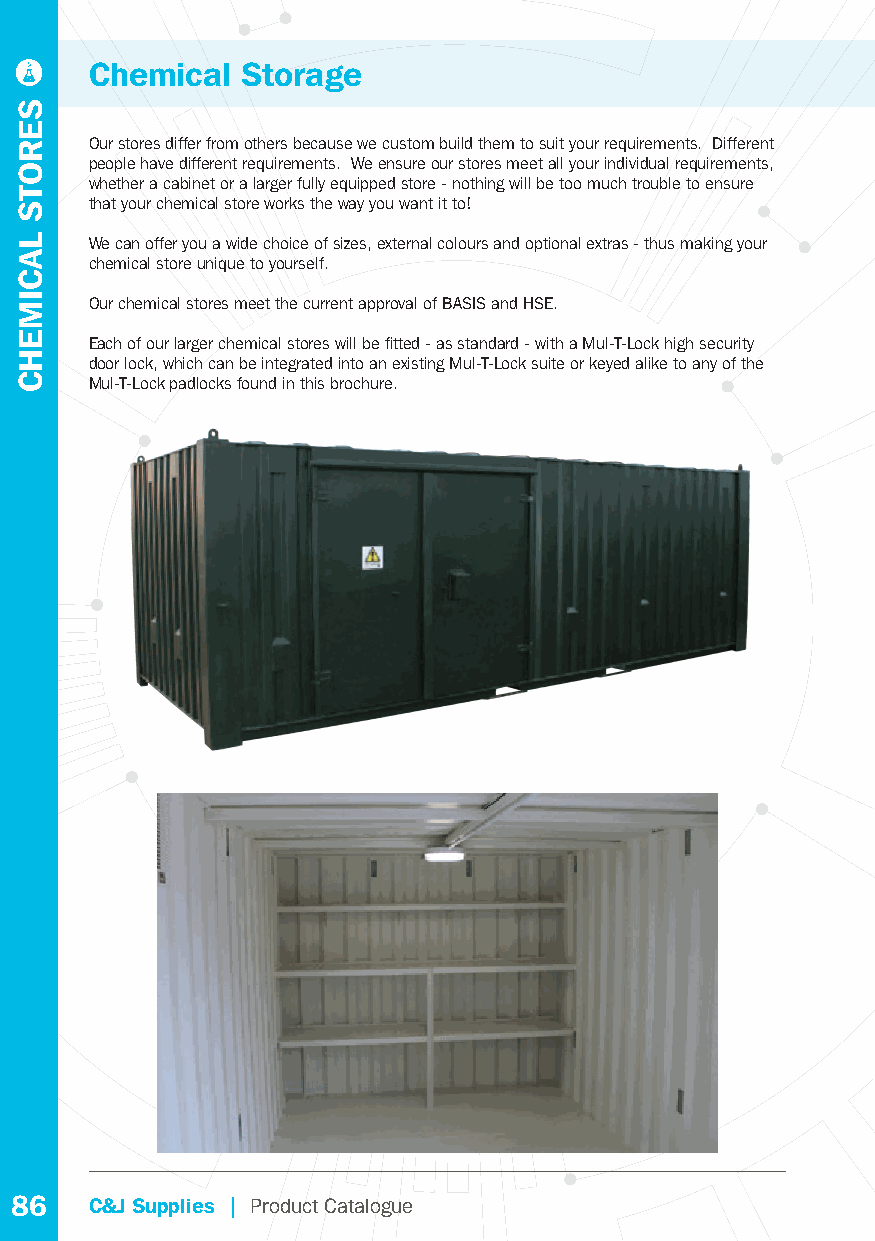
Chemical  Storage
 Our stores differ from others because we custom build them to suit your requirements. Different
 people have different requirements. We ensure our stores meet all your individual requirements,
 whether a cabinet or a larger fully equipped store - nothing will be too much trouble to ensure
 that your chemical store works the way you want it to!
 We can offer you a wide choice of sizes, external colours and optional extras - thus making your
 chemical store unique to yourself.
 Our chemical stores meet the current approval of BASIS and HSE.
 Each of our larger chemical stores will be fi tted - as standard - with a Mul-T-Lock high security
 door lock, which can be integrated into an existing Mul-T-Lock suite or keyed alike to any of the
 Mul-T-Lock padlocks found in this brochure.
 86   C&J Supplies | Product Catalogue
 SEROTS
 LACIMEHC